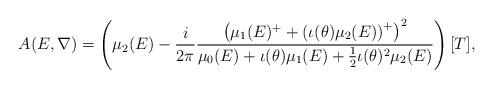
LaTeX: \begin{align*}A(E,\nabla)=\left(\mu_2(E)-\frac{i}{2\pi }\frac{\left(\mu_1(E)^{+}+\left(\iota(\theta)\mu_2(E)\right)^{+}\right)^{2}}{\mu_{0}(E) +\iota(\theta)\mu_1(E) +\frac{1}{2} \iota(\theta)^2 \mu_2(E)} \right)[T],\end{align*}